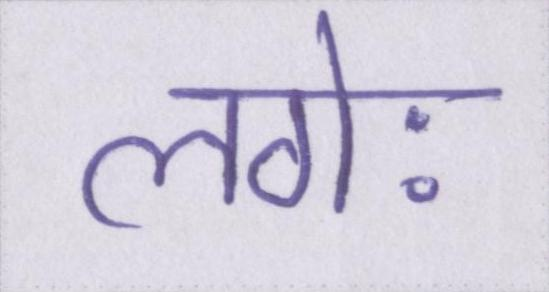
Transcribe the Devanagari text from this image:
लगेः